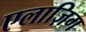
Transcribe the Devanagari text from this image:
एलाज़िग